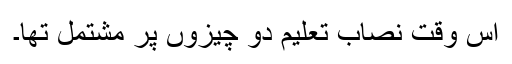
اس وقت نصاب تعلیم دو چیزوں پر مشتمل تھا۔